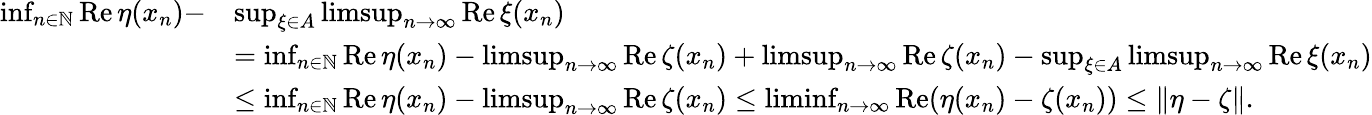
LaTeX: \begin{array}{rl}{\operatorname*{inf}_{n\in\mathbb N}\operatorname{Re}\eta(x_{n})-}&{\operatorname*{sup}_{\xi\in A}\operatorname*{limsup}_{n\to\infty}\operatorname{Re}\xi(x_{n})}\\ &{=\operatorname*{inf}_{n\in\mathbb N}\operatorname{Re}\eta(x_{n})-\operatorname*{limsup}_{n\to\infty}\operatorname{Re}\zeta(x_{n})+\operatorname*{limsup}_{n\to\infty}\operatorname{Re}\zeta(x_{n})-\operatorname*{sup}_{\xi\in A}\operatorname*{limsup}_{n\to\infty}\operatorname{Re}\xi(x_{n})}\\ &{\le\operatorname*{inf}_{n\in\mathbb N}\operatorname{Re}\eta(x_{n})-\operatorname*{limsup}_{n\to\infty}\operatorname{Re}\zeta(x_{n})\le\operatorname*{liminf}_{n\to\infty}\operatorname{Re}(\eta(x_{n})-\zeta(x_{n}))\le\left\| \eta-\zeta\right\| .}\end{array}